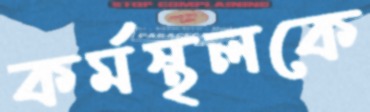
কর্মস্থলকে